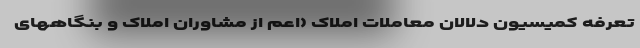
تعرفه کمیسیون دلالان معاملات املاک (اعم از مشاوران املاک و بنگاههای